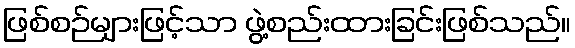
ဖြစ်စဉ်များဖြင့်သာ ဖွဲ့စည်းထားခြင်းဖြစ်သည်။